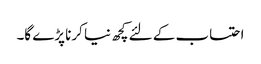
احتساب کے لئے کچھ نیا کرنا پڑے گا۔